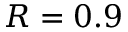
R = 0 . 9